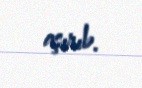
aşırıb.